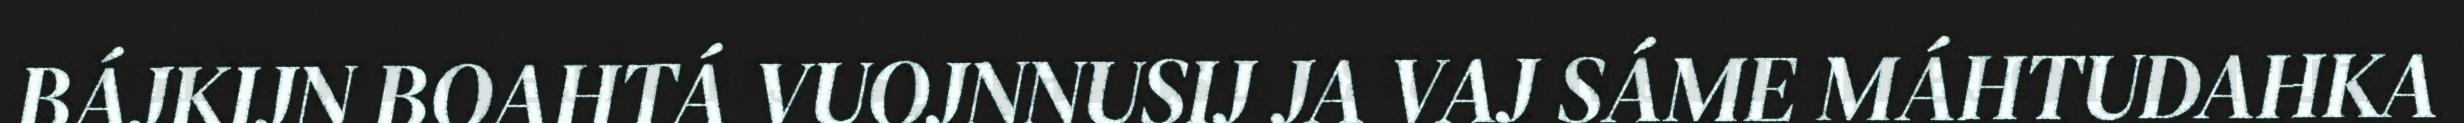
BÁJKIJN BOAHTÁ VUOJNNUSIJ JA VAJ SÁME MÁHTUDAHKA